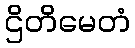
ဌိတိမေတံ